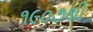
૧૯૦૭થી